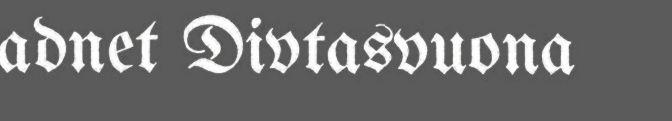
adnet Divtasvuona